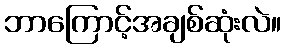
ဘာကြောင့်အချစ်ဆုံးလဲ။